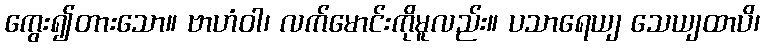
ကွေး၍တားသော။ ဗာဟံဝါ၊ လက်မောင်းကိုမူလည်း။ ပသာရေယျ သေယျထာပိ၊